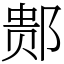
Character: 䣒